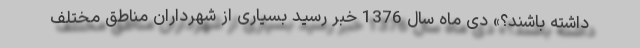
داشته باشند؟» دی ماه سال 1376 خبر ‌رسید بسیاری از شهرداران مناطق مختلف